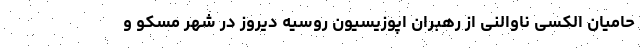
حامیان الکسی ناوالنی از رهبران اپوزیسیون روسیه دیروز در شهر مسکو و